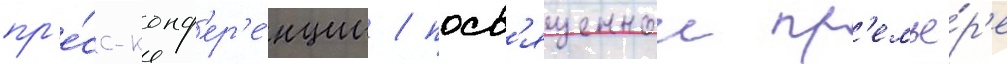
пр'е́сс-конф'ер'е́нции / посв'ященнои пр'емье́р'е